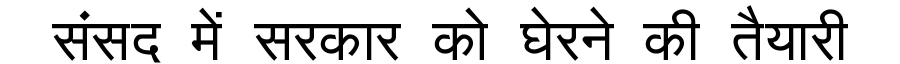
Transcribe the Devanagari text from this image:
संसद में सरकार को घेरने की तैयारी